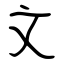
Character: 文